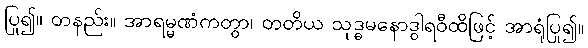
ပြု၍။ တနည်း။ အာရမ္မဏံကတွာ၊ တတိယ သုဒ္ဓမနောဒွါရဝီထိဖြင့် အာရုံပြု၍။